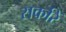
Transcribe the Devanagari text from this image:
सर्कारें